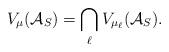
LaTeX: \begin{align*}V_\mu(\mathcal{A}_S) = \bigcap_\ell V_{\mu_\ell} (\mathcal{A}_S).\end{align*}